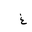
Letter: _gayn